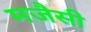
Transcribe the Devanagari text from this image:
मजैसी